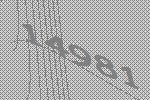
14981